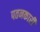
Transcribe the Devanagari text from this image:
पतनकारी